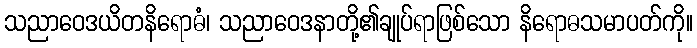
သညာဝေဒယိတနိရောဓံ၊ သညာဝေဒနာတို့၏ချုပ်ရာဖြစ်သော နိရောဓသမာပတ်ကို။